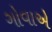
ગોવાએ